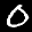
Label: 0